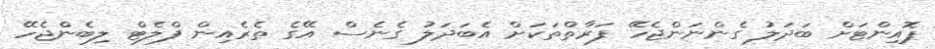
ޕޮއިންޓަށް ބަދަލު ގެންނަންޖެހޭ ފަރާތްތަކަށް އެބަދަލު ގެނެސް އޭގެ ތެރެއިން ފްލެޓް ލިބެންޖެހޭ